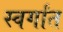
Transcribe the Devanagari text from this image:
स्वर्गांत